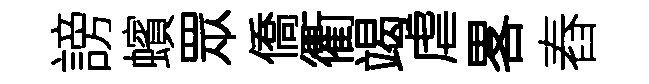
謗蠙眾僑衢竭虐畧舂